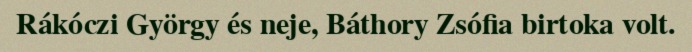
Rákóczi György és neje, Báthory Zsófia birtoka volt.